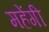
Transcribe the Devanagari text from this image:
महेंगी